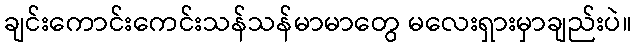
ချင်းကောင်းကေင်းသန်သန်မာမာတွေ မလေးရှားမှာချည်းပဲ။